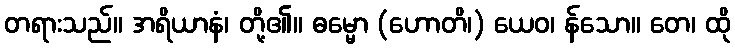
တရားသည်။ အရိယာနံ၊ တို့၏။ ဓမ္မော (ဟောတိ၊) ယေဝ၊ န်သော။ တေ၊ ထို